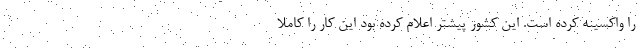
را واکسینه کرده است. این کشور پیشتر اعلام کرده بود این کار را کاملا